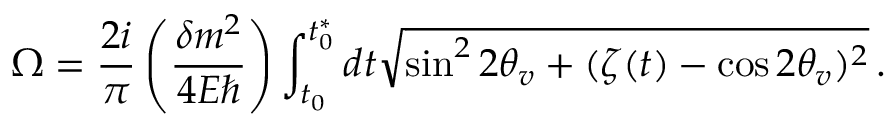
\Omega = \frac { 2 i } { \pi } \left( \frac { \delta m ^ { 2 } } { 4 E \hbar } \right) \int _ { t _ { 0 } } ^ { t _ { 0 } ^ { * } } { d t \sqrt { \sin ^ { 2 } { 2 \theta _ { v } } + ( \zeta ( t ) - \cos { 2 \theta _ { v } } ) ^ { 2 } } } \, .